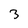
Character: 3